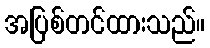
အပြစ်တင်ထားသည်။